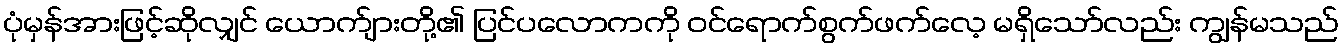
ပုံမှန်အားဖြင့်ဆိုလျှင် ယောက်ျားတို့၏ ပြင်ပလောကကို ဝင်ရောက်စွက်ဖက်လေ့ မရှိသော်လည်း ကျွန်မသည်